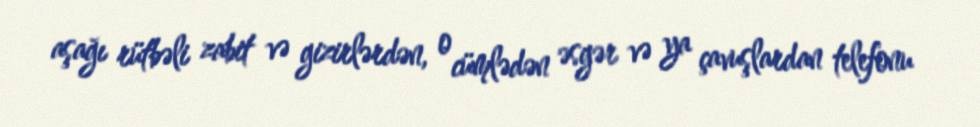
aşağı rütbəli zabit və gizirlərdən, o cümlədən əsgər və ya çavuşlardan telefonu